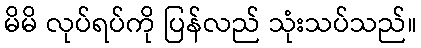
မိမိ လုပ်ရပ်ကို ပြန်လည် သုံးသပ်သည်။